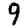
Digit: 9